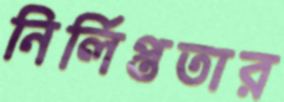
নির্লিপ্ততার